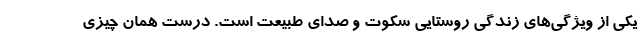
یکی از ویژگی‌های زندگی روستایی سکوت و صدای طبیعت است. درست همان چیزی